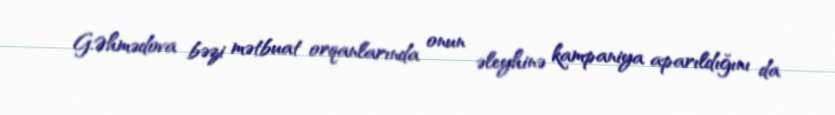
G.Əhmədova bəzi mətbuat orqanlarında onun əleyhinə kampaniya aparıldığını da